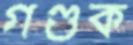
গণ্ডক